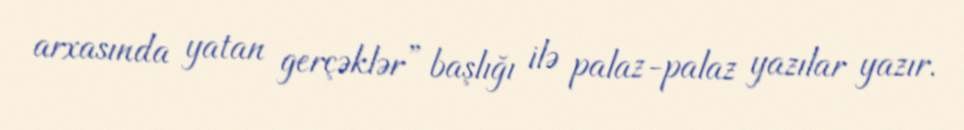
arxasında yatan gerçəklər” başlığı ilə palaz-palaz yazılar yazır.